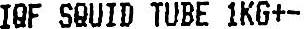
IQF SQUID TUBE 1KG+-